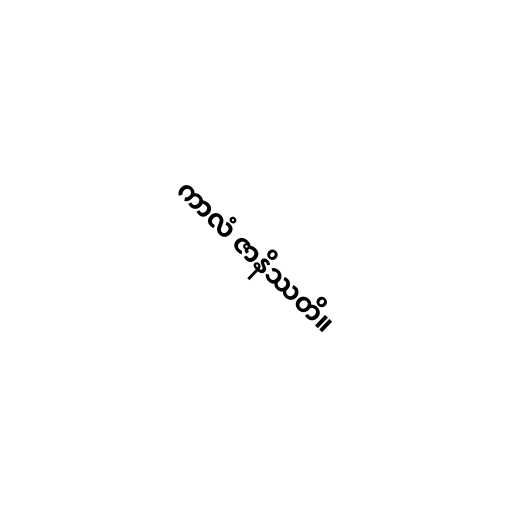
ကာလံ ဇာနိဿတိ။